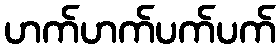
ဟက်ဟက်ပက်ပက်